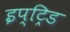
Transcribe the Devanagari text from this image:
इप्ट्रिड